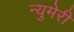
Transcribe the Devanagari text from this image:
न्युमेरी